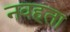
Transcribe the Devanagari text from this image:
नवहता